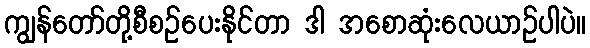
ကျွန်တော်တို့စီစဉ်ပေးနိုင်တာ ဒါ အစောဆုံးလေယာဉ်ပါပဲ။